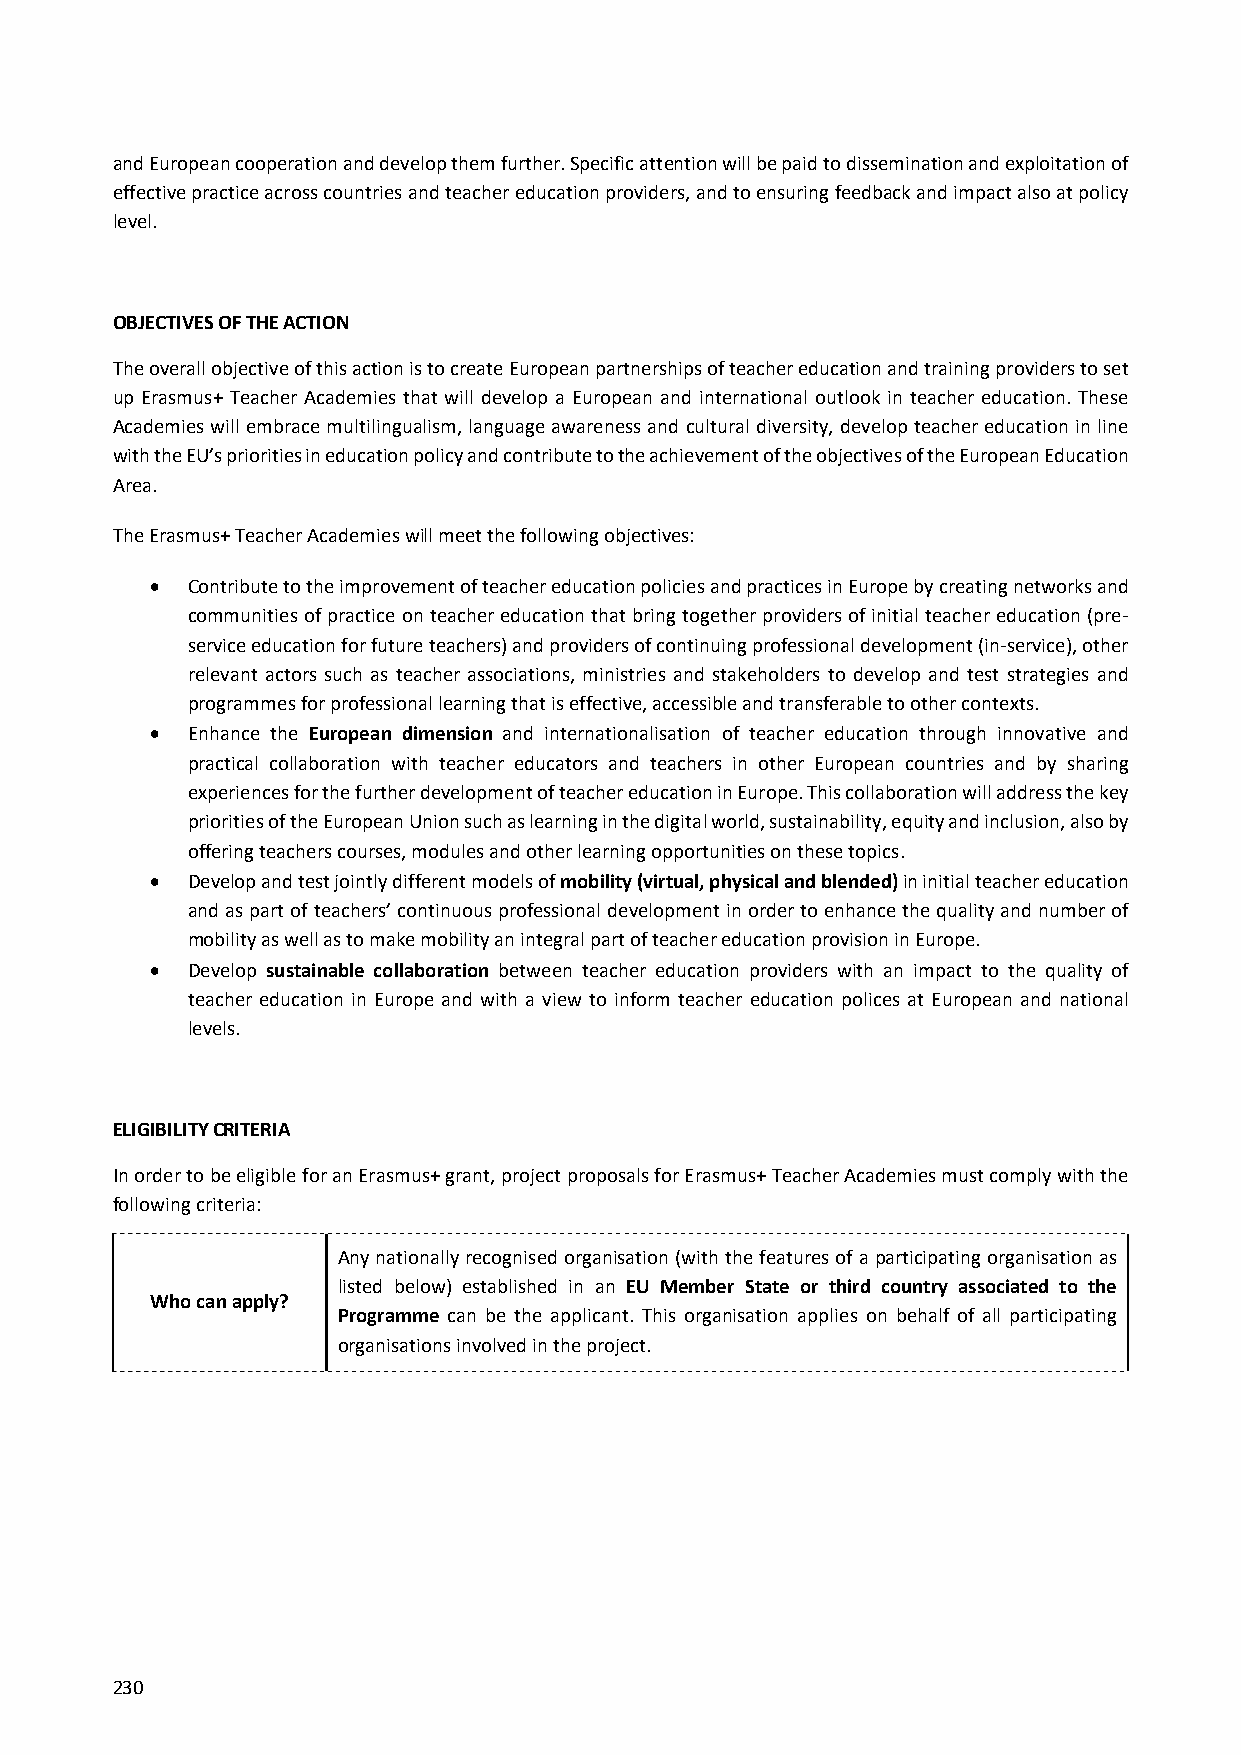
and European cooperation and develop them further. Specific attention will be paid to dissemination and exploitation of
 effective practice across countries and teacher education providers, and to ensuring feedback and impact also at policy
 level.
 OBJECTIVES OF THE ACTION
 The overall objective of this action is to create European partnerships of teacher education and training providers to set
 up Erasmus+ Teacher Academies that will develop a European and international outlook in teacher education. These
 Academies will embrace multilingualism, language awareness and cultural diversity, develop teacher education in line
 with the EU’s priorities in education policy and contribute to the achievement of the objectives of the European Education
 Area.
 The Erasmus+ Teacher Academies will meet the following objectives:
  Contribute to the improvement of teacher education policies and practices in Europe by creating networks and
 communities of practice on teacher education that bring together providers of initial teacher education (pre‐
 service education for future teachers) and providers of continuing professional development (in‐service), other
 relevant actors such as teacher associations, ministries and stakeholders to develop and test strategies and
 programmes for professional learning that is effective, accessible and transferable to other contexts.
  Enhance the European dimension and internationalisation of teacher education through innovative and
 practical collaboration with teacher educators and teachers in other European countries and by sharing
 experiences for the further development of teacher education in Europe. This collaboration will address the key
 priorities of the European Union such as learning in the digital world, sustainability, equity and inclusion, also by
 offering teachers courses, modules and other learning opportunities on these topics.
  Develop and test jointly different models of mobility (virtual, physical and blended) in initial teacher education
 and as part of teachers’ continuous professional development in order to enhance the quality and number of
 mobility as well as to make mobility an integral part of teacher education provision in Europe.
  Develop sustainable collaboration between teacher education providers with an impact to the quality of
 teacher education in Europe and with a view to inform teacher education polices at European and national
 levels.
 ELIGIBILITY CRITERIA
 In order to be eligible for an Erasmus+ grant, project proposals for Erasmus+ Teacher Academies must comply with the
 following criteria:
 Any nationally recognised organisation (with the features of a participating organisation as
 listed below) established in an EU Member State or third country associated to the
 Who can apply?
 Programme can be the applicant. This organisation applies on behalf of all participating
 organisations involved in the project.
 230